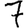
Digit: 7